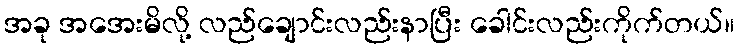
အခု အအေးမိလို့ လည်ချောင်းလည်းနာပြီး ခေါင်းလည်းကိုက်တယ်။